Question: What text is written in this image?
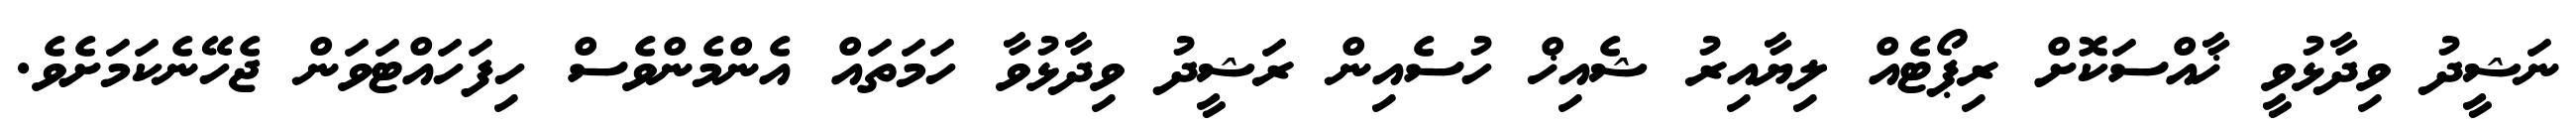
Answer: ނަޝީދު ވިދާޅުވީ ޚާއްސަކޮށް ރިޕޯޓެއް ލިޔާއިރު ޝެއިޚް ހުސެއިން ރަޝީދު ވިދާޅުވާ ހަމަތައް އެންމެންވެސް ހިފަހައްޓަވަން ޖެހޭނެކަމަށެވެ.